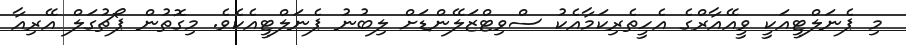
މި ޕެނަލްޓީއަކީ ވީއޭއާރްގެ އެހީތެރިކަމާއެކު ސްވިޓްޒަލޭންޑަށް ލިބުނު ޕެނަލްޓީއެކެވެ. މިގޮތުން ޕޯޗުގަލް އޭރިއާ